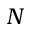
N